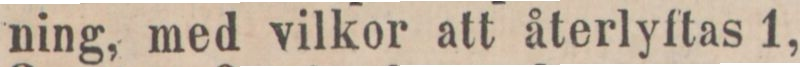
ning, med vilkor att återlyftas 1,